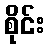
စိုင်း